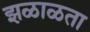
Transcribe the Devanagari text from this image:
झळाळता